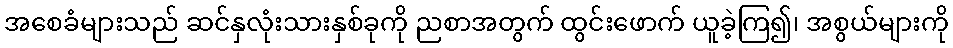
အစေခံများသည် ဆင်နှလုံးသားနှစ်ခုကို ညစာအတွက် ထွင်းဖောက် ယူခဲ့ကြ၍၊ အစွယ်များကို